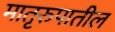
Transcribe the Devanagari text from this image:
मातृरुपातील